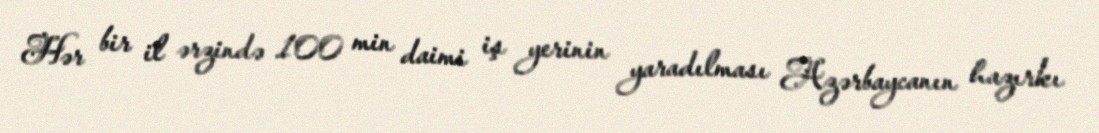
Hər bir il ərzində 100 min daimi iş yerinin yaradılması Azərbaycanın hazırkı